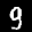
Label: 9